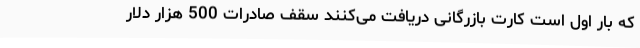
که بار اول است کارت بازرگانی دریافت می‌کنند سقف صادرات 500 هزار دلار